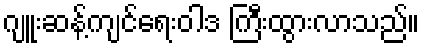
ဂျူးဆန့်ကျင်ရေးဝါဒ ကြီးထွားလာသည်။